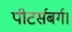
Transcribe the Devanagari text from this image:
पीटर्सबर्ग।